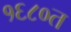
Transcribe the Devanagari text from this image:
१६८०त